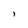
Character: I